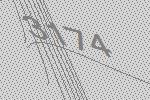
3174